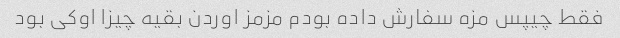
فقط چیپس مزه سفارش داده بودم مزمز اوردن بقیه چیزا اوکی بود